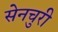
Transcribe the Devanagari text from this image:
सेनचुरी